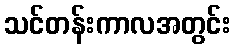
သင်တန်းကာလအတွင်း